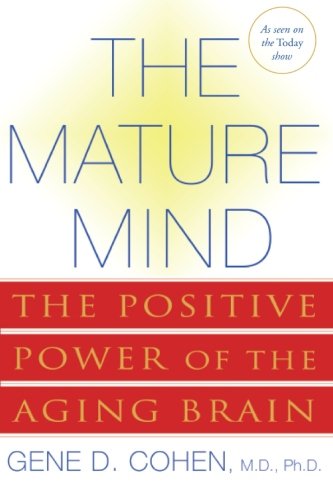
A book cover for The Mature Mind: The Positive Power of the Aging Brain; Gene D. Cohen; Self-Help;